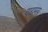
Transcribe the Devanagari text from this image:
वाद्यमय